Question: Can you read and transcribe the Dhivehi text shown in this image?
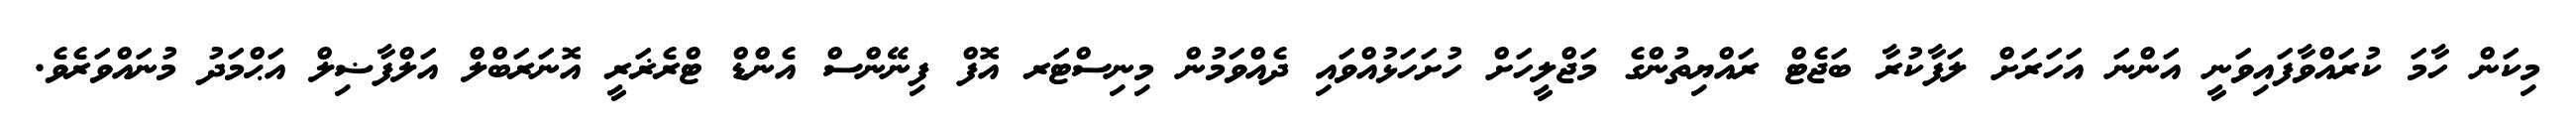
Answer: މިކަން ހާމަ ކުރައްވާފައިވަނީ އަންނަ އަހަރަށް ލަފާކުރާ ބަޖެޓް ރައްޔިތުންގެ މަޖްލީހަށް ހުށަހަޅުއްވައި ދެއްވަމުން މިނިސްޓަރ އޮފް ފިނޭންސް އެންޑް ޓްރެޜަރީ އޮނަރަބްލް އަލްފާޟިލް އަޙްމަދު މުނައްވަރެވެ.